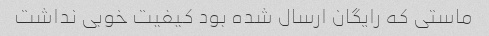
ماستی که رایگان ارسال شده بود کیفیت خوبی نداشت